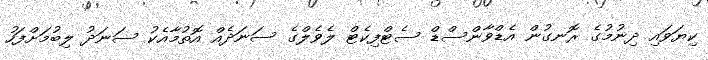
ކިޔަވައި ދިނުމުގެ ރޮނގުން އެޑްވާންސްޑް ސެޓްފިކެޓް ލެވެލްގެ ސަނަދެއް އޮތުމާއެކު ސަނަދު ލިބުމަށްފަހު